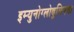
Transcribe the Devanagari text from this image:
इम्युनोग्लोबुलिनचा